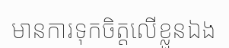
មានការទុកចិត្តលើខ្លួនឯង